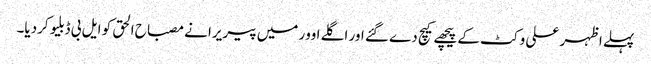
پہلے اظہر علی وکٹ کے پیچھے کیچ دے گئے اور اگلے اوور میں پیریرا نے مصباح الحق کو ایل بی ڈبلیو کردیا۔